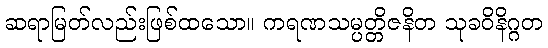
ဆရာမြတ်လည်းဖြစ်ထသော။ ကရဏသမ္ပတ္တိဇနိတ သုခဝိနိဂ္ဂတ